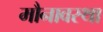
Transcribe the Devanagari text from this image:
मौनावस्था